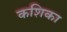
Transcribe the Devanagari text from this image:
कशिका